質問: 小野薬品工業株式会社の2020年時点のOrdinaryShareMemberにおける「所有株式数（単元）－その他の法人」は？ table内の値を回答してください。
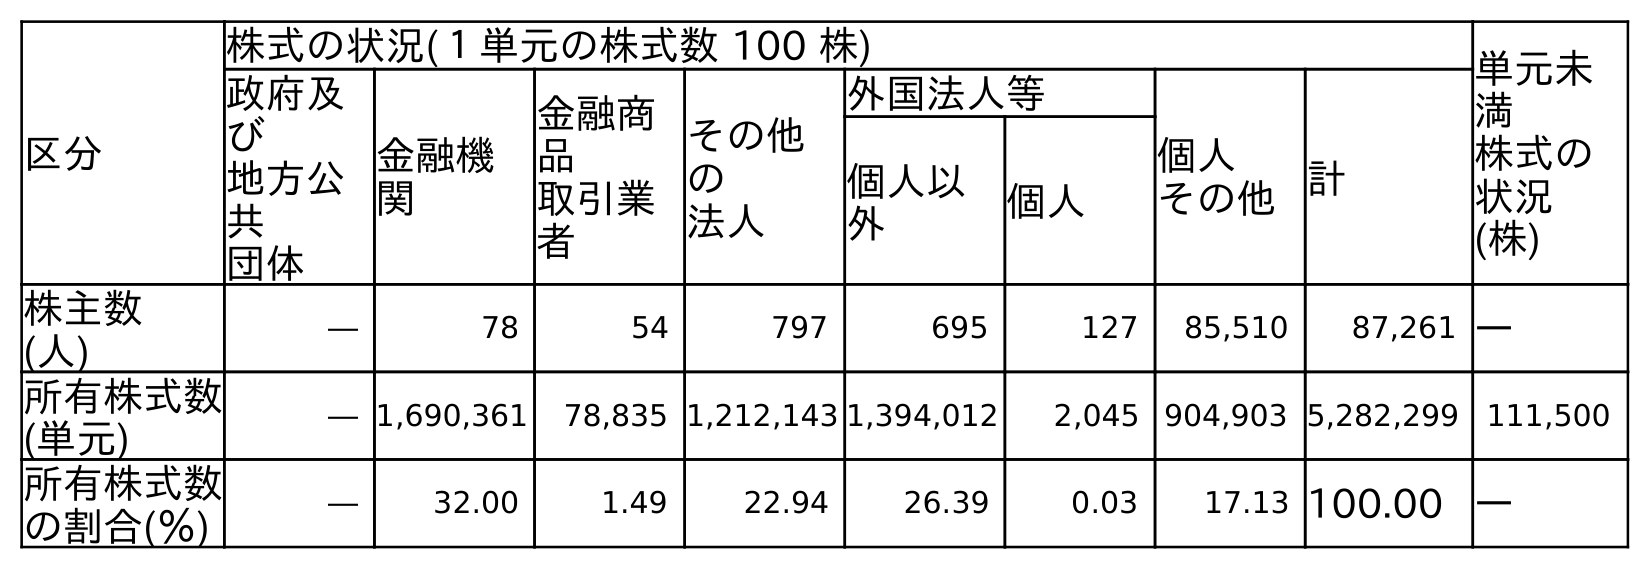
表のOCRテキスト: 区分 株式の状況(１単元の株式数 100 株) 単元未 満 株式の 状況 (株) 政府及 び 地方公 共 団体 金融機 関 金融商 品 取引業 者 その他 の 法人 外国法人等 個人 その他計 個人以 外 個人 株主数 (人) ― 78 54 797 695 127 85,510 87,261 ― 所有株式数 (単元) ― 1,690,361 78,835 1,212,143 1,394,012 2,045 904,903 5,282,299 111,500 所有株式数 の割合(％) ― 32.00 1.49 22.94 26.39 0.03 17.13 100.00 ―
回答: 1,212,143